画像に写った文字を読んでください
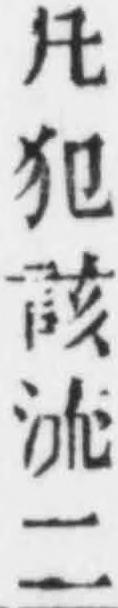
「凡犯該流二」と書いてあります